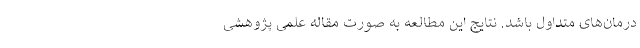
درمان‌های متداول باشد. نتایج این مطالعه به صورت مقاله علمی پژوهشی